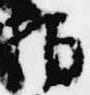
拍